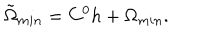
{ \tilde { \Omega } } _ { m i n } = C ^ { 0 } h + \Omega _ { m i n } .